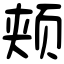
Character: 颊